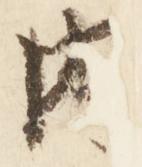
内